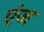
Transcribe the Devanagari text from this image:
एंज